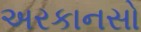
અરકાનસો